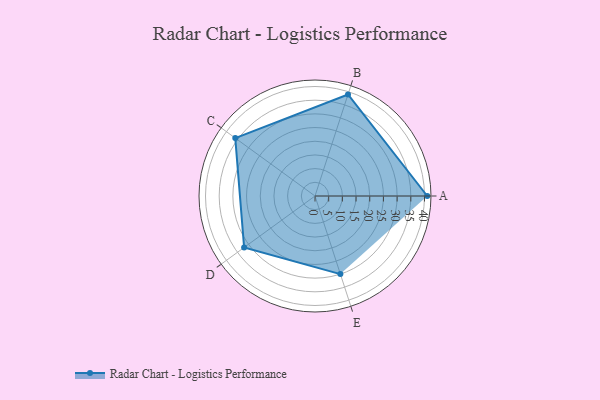
{"axis": {"x": "Skill", "y": "Score"}, "legend": ["Profile"], "data": [{"x": "A", "y": 41.0, "type": "Profile"}, {"x": "B", "y": 39.0, "type": "Profile"}, {"x": "C", "y": 36.0, "type": "Profile"}, {"x": "D", "y": 32.0, "type": "Profile"}, {"x": "E", "y": 30.0, "type": "Profile"}]}